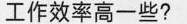
谁的工作效率高一些?